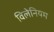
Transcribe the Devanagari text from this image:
विलेनियम